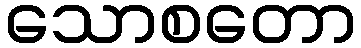
သောစတော